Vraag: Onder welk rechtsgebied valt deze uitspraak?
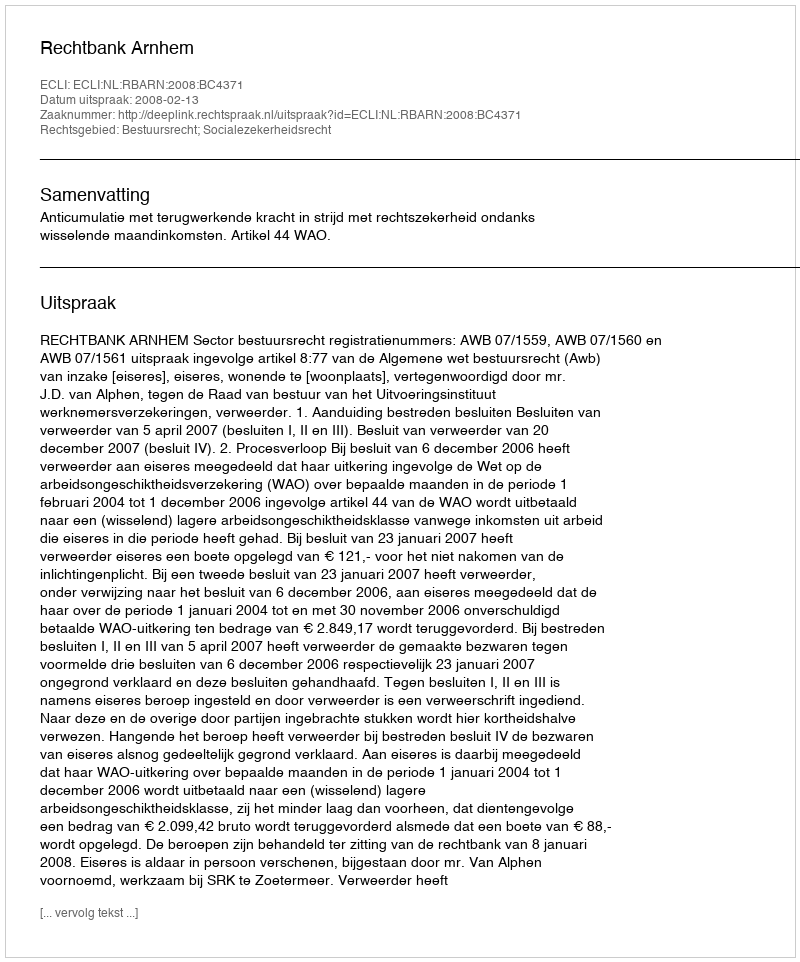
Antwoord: Bestuursrecht; Socialezekerheidsrecht